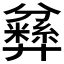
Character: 𱝘